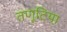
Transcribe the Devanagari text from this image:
तणूटिया